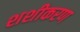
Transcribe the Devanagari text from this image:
शशीकरण